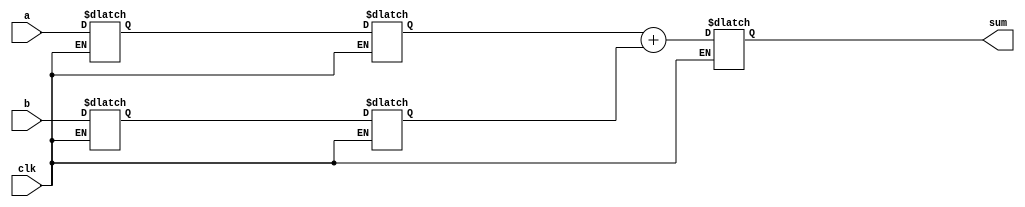

module clk_add32 (clk,a,b,sum);
input clk;
input [31:0] a,b;
output [31:0] sum;

reg [31:0] sum;
//put two sets of latches on the front to decouple the input

reg [31:0] a1_lat,a2_lat;
reg [31:0] b1_lat,b2_lat;

 always @* begin
  if (clk==1) begin
    a1_lat <= a;
    b1_lat <= b;
  end
 end

 always @* begin
  if (clk==1) begin
    a2_lat <= a1_lat;
    b2_lat <= b1_lat;
  end
 end

 wire [31:0] sum_d;
 assign  sum_d = a2_lat+b2_lat;

 always @* begin
  if (clk==1) begin
     sum <= sum_d;
  end
 end

endmodule